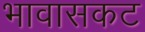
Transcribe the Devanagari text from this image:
भावासकट